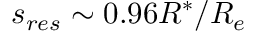
s _ { r e s } \sim 0 . 9 6 R ^ { * } / R _ { e }